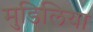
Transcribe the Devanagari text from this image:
मुडिलिया